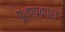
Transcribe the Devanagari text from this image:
पूजाप्रकाश